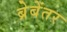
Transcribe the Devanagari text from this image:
ब्रेबेंतर